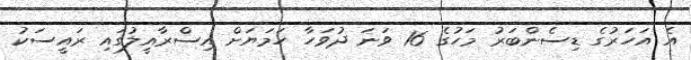
އެ އަހަރުގެ ޑިސެންބަރު މަހުގެ 16 ވަނަ ދުވަހާ ހަމަޔަށް އިސްރާއީލުގައި ރައީސަކު